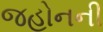
જહોનની